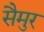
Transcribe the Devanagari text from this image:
सैमुर